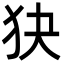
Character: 㹟